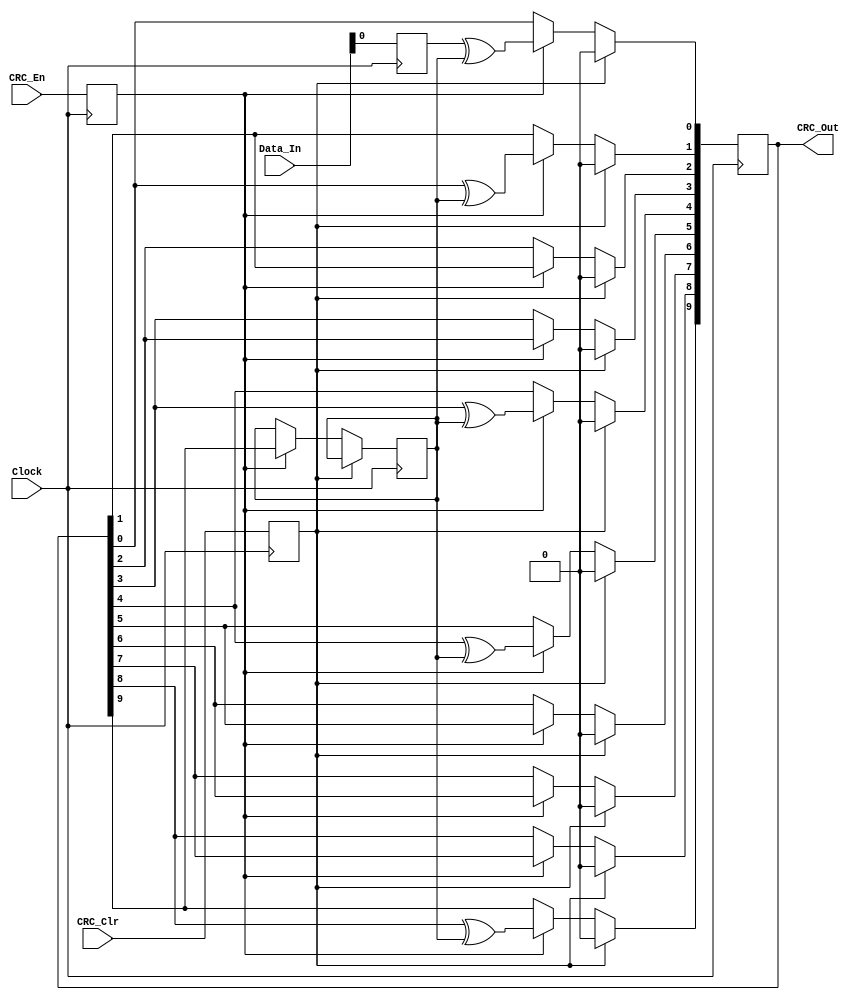
module CRC10 (Clock, Data_In, CRC_En, CRC_Clr, CRC_Out);
input Clock;
input CRC_En;
input CRC_Clr;
output [9:0] CRC_Out;
//reg [9:0] CRC_Out;
input [31:0] Data_In;

reg CRC_En_reg;
reg CRC_Clr_reg;
reg [31:0] Data_In_reg;

always @ (posedge Clock)
begin
CRC_En_reg = CRC_En ;
CRC_Clr_reg = CRC_Clr ;
Data_In_reg = Data_In ;
end

reg crcfb;
reg [9:0] CRC_Reg;
integer i;

assign CRC_Out = CRC_Reg;

always @ (posedge Clock)
begin
    if (CRC_Clr_reg)
        CRC_Reg <= 0;
    else if (CRC_En_reg) 
	begin
        for (i=31;i>=0;i=i-1)
		begin
                   crcfb     <=CRC_Reg[9];
	     	       CRC_Reg[9]<=CRC_Reg[8]^crcfb;
	     	       CRC_Reg[8]<=CRC_Reg[7];
	     	       CRC_Reg[7]<=CRC_Reg[6];
	     	       CRC_Reg[6]<=CRC_Reg[5];
	     	       CRC_Reg[5]<=CRC_Reg[4]^crcfb;
	     	       CRC_Reg[4]<=CRC_Reg[3]^crcfb;
	     	       CRC_Reg[3]<=CRC_Reg[2];
	     	       CRC_Reg[2]<=CRC_Reg[1];
	     	       CRC_Reg[1]<=CRC_Reg[0]^crcfb;
	     	       CRC_Reg[0]<=Data_In_reg[i]^crcfb;
		end
	end
end
endmodule